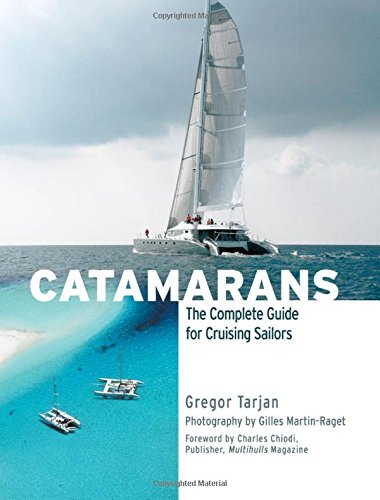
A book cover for Catamarans: The Complete Guide for Cruising Sailors; Gregor Tarjan; Sports & Outdoors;